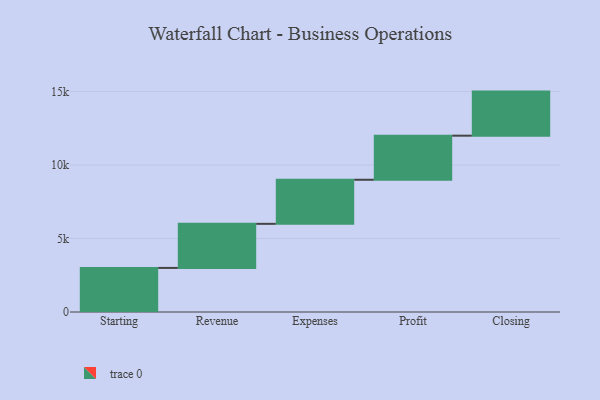
{"axis": {"x": "Step", "y": "Value"}, "legend": [""], "data": [{"x": "Starting", "y": 3000, "type": ""}, {"x": "Revenue", "y": 3000, "type": ""}, {"x": "Expenses", "y": 3000, "type": ""}, {"x": "Profit", "y": 3000, "type": ""}, {"x": "Closing", "y": 3000, "type": ""}]}